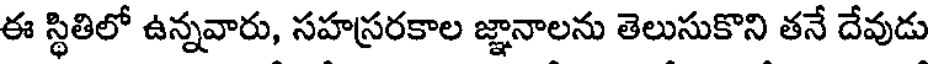
ఈ స్థితిలో ఉన్నవారు, సహస్రరకాల జ్ఞానాలను తెలుసుకొని తనే దేవుడు